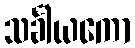
သင်္ခါယကော